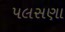
પલસણા